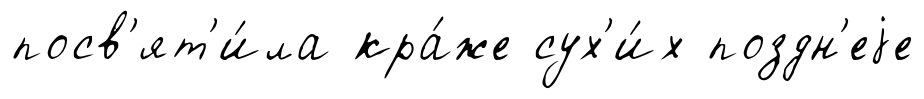
посв'ят'и́ла кра́же сух'и́х поздн'еjе